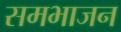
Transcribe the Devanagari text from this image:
समभाजन